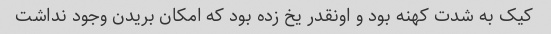
کیک به شدت کهنه بود و اونقدر یخ زده بود که امکان بریدن وجود نداشت